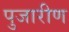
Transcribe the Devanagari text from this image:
पुजारीण